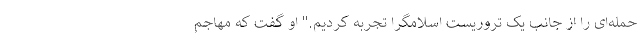
حمله‌ای را از جانب یک تروریست اسلامگرا تجربه کردیم." او گفت که مهاجم